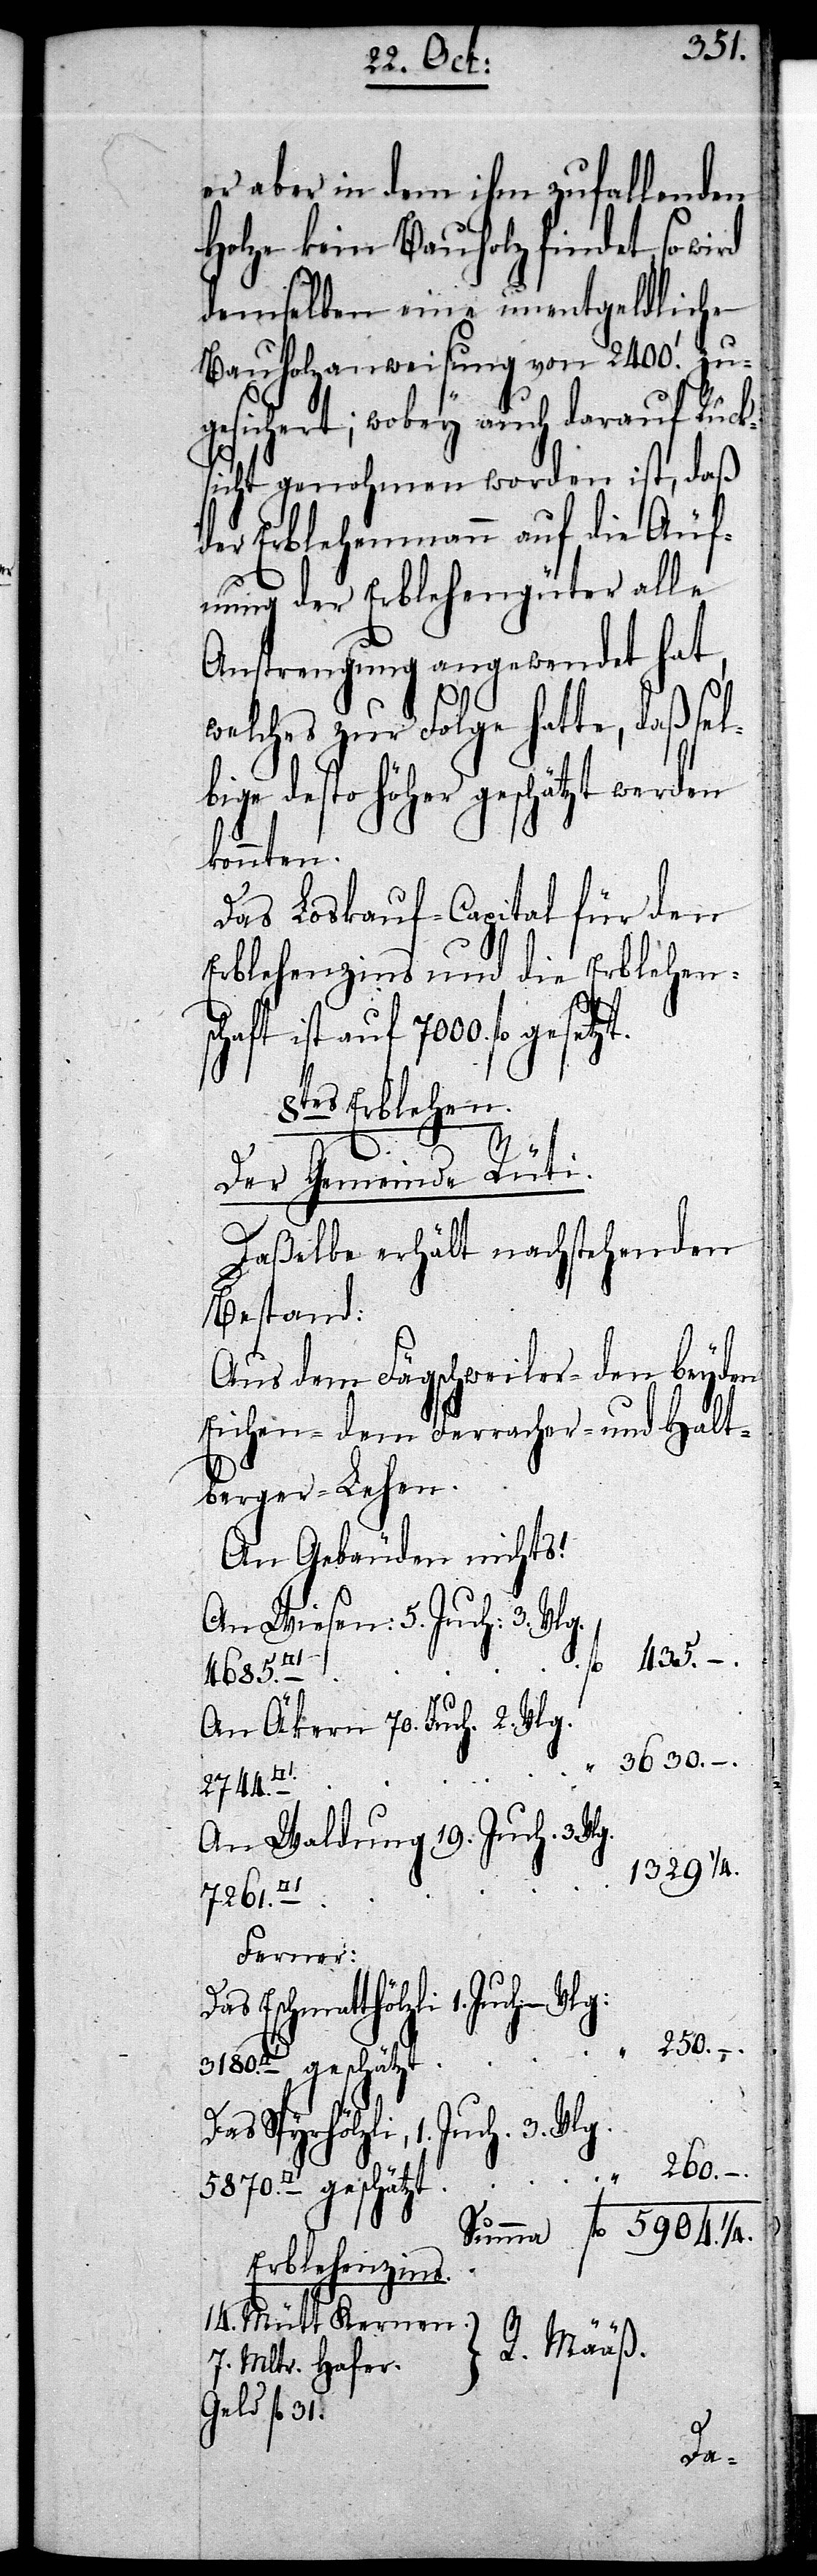
er aber in dem ihm zufallenden
Holze kein Bauholz findet, so
demselben eine unentgeldliche
Bauholzanweisung von 2400. [Fu¬
gesichert; wobey auch darauf Rück¬
sicht genohmen worden ist, daß
der Erblehenmann auf die Äuf¬
nung der Erblehengüter alle
Anstrengung angewendet hat,
welches zur Folge hatte, daß sel¬
bige desto höher geschätzt werden
konnten.
Das Loskauf-Capital für den
Erblehenzins und die Erblehensc¬
haft ist auf 7000. fl
8tes Erblehen.
Der Gemeinde Rüti.
Daßelbe erhält nachstehenden
Bestand:
Aus dem Fägschweiler- den beyden
Eichen- dem Ferracher- und Halt¬
berger-Lehen.
An Wiesen: 5. Juch: 3. Vlg.
fl 435. –.
Vlg. 5870.
An Äkern 70. Juch. 2. Vlg.
2744.
An Waldung 19. Juch. 3. Vl¬
“ 1329 1/4.
7261.
Ferner:
Das Eschmatthölzli 1. Juch.
“ 250. –.
Das Spyrhölzli, 1. Juch.
260. –.
Erblehenzins.
14. Mütt Kernen.
R. Määß.
7. Mltr. Hafer.
Geld fl 31.
5904.
1/4.